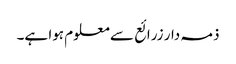
ذمہ دار زرائع سے معلوم ہوا ہے۔